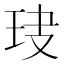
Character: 𤤏